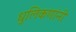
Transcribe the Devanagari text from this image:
धुलिकणांनी